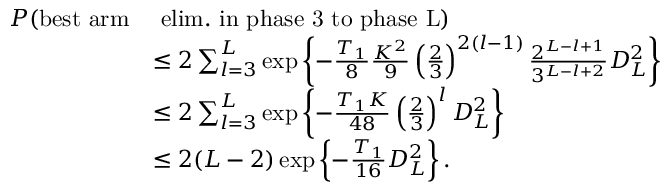
\begin{array} { r l } { P ( \mathrm { b e s t ~ a r m } } & { \mathrm { ~ e l i m . ~ i n ~ p h a s e ~ 3 ~ t o ~ p h a s e ~ L } ) } \\ & { \le 2 \sum _ { l = 3 } ^ { L } \exp \left\{ - \frac { T _ { 1 } } { 8 } \frac { K ^ { 2 } } { 9 } \left( \frac { 2 } { 3 } \right) ^ { 2 ( l - 1 ) } \frac { 2 ^ { L - l + 1 } } { 3 ^ { L - l + 2 } } D _ { L } ^ { 2 } \right\} } \\ & { \le 2 \sum _ { l = 3 } ^ { L } \exp \left\{ - \frac { T _ { 1 } K } { 4 8 } \left( \frac { 2 } { 3 } \right) ^ { l } D _ { L } ^ { 2 } \right\} } \\ & { \le 2 ( L - 2 ) \exp \left\{ - \frac { T _ { 1 } } { 1 6 } D _ { L } ^ { 2 } \right\} . } \end{array}